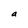
Character: a